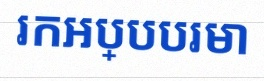
រកអប្បបរមា